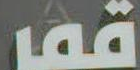
قمر